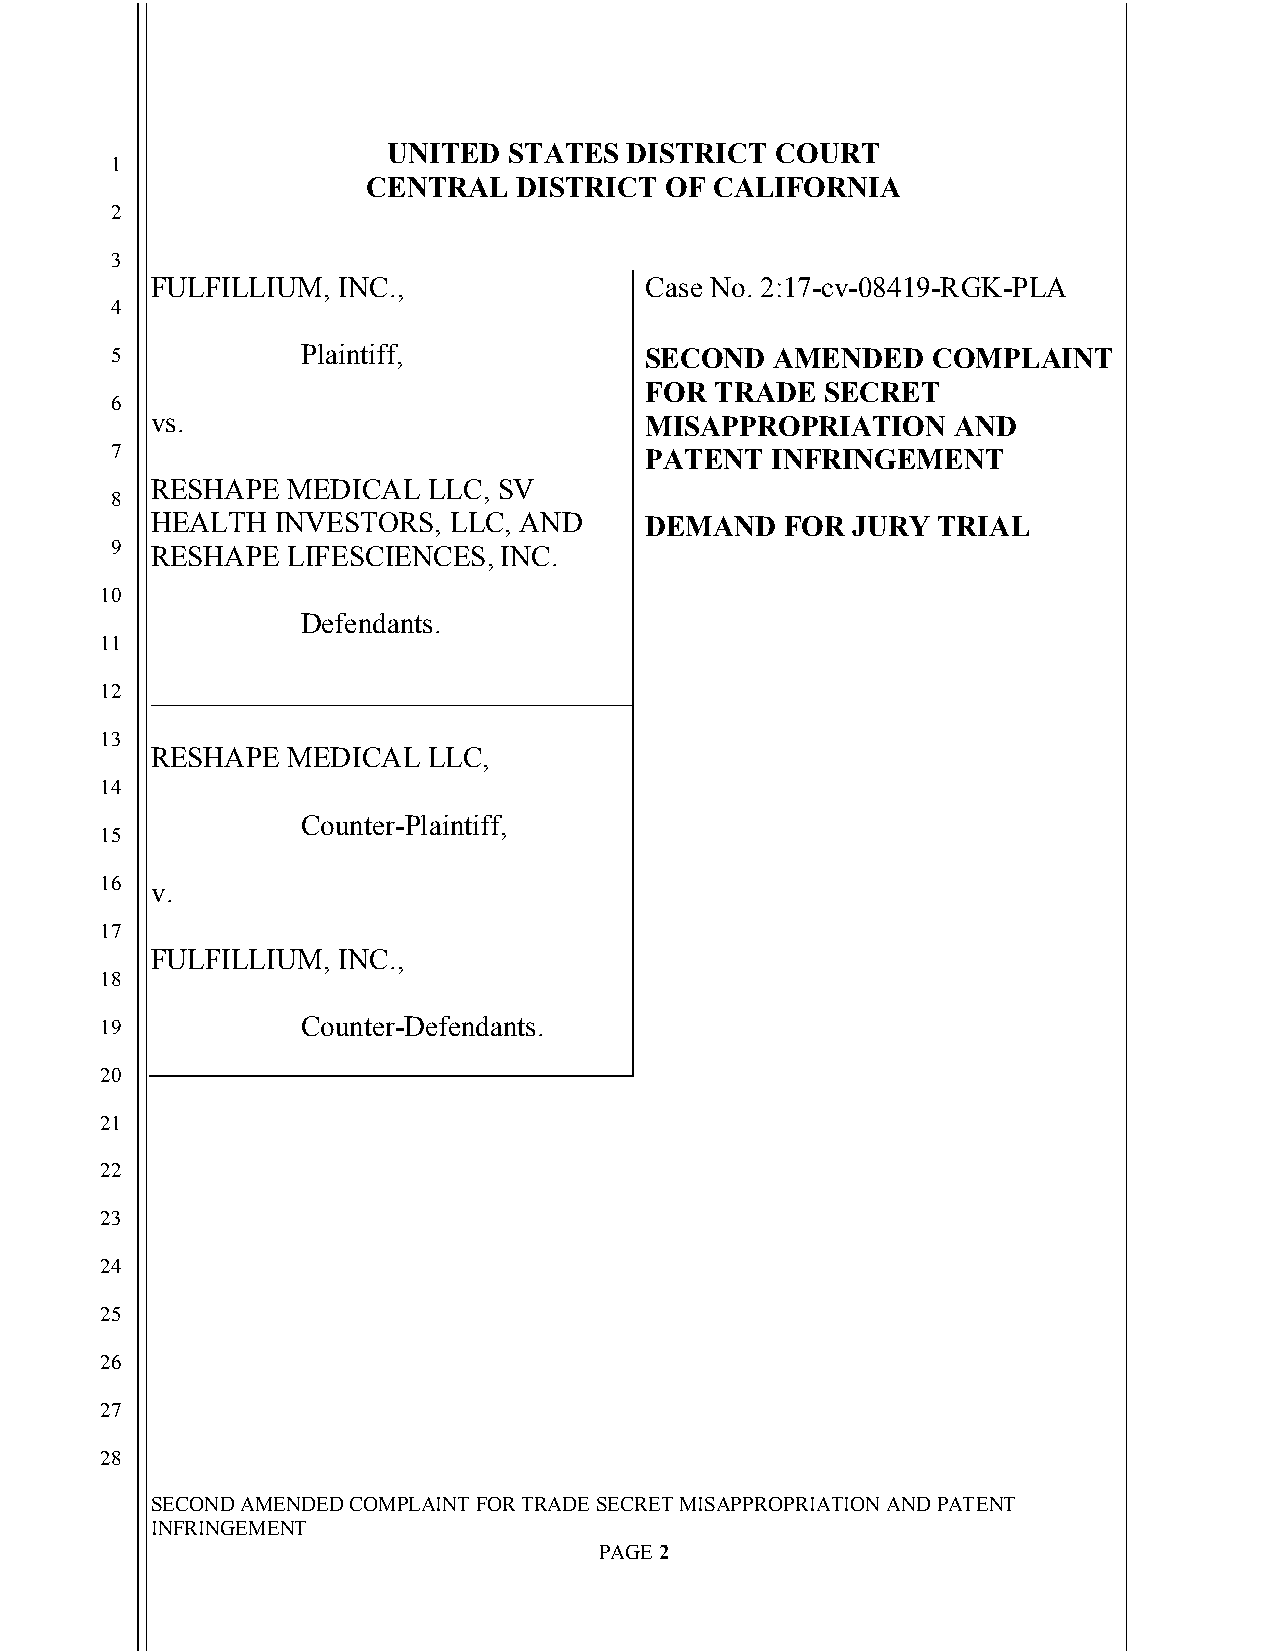
`
 UNITED  STATES  DISTRICT COURT
 1
 CENTRAL   DISTRICT  OF CALIFORNIA
 2
 3
 FULFILLIUM, INC.,                Case No. 2:17-cv-08419-RGK-PLA
 4
 5            Plaintiff,             SECOND  AMENDED    COMPLAINT
 FOR TRADE   SECRET
 6
 vs.                              MISAPPROPRIATION    AND
 7                                   PATENT  INFRINGEMENT
 RESHAPE  MEDICAL  LLC, SV
 8
 HEALTH  INVESTORS,  LLC, AND     DEMAND   FOR JURY  TRIAL
 9  RESHAPE  LIFESCIENCES, INC.
 10
 Defendants.
 11
 12 _________________________________
 13
 RESHAPE  MEDICAL  LLC,
 14
 Counter-Plaintiff,
 15
 16 v.
 17
 FULFILLIUM, INC.,
 18
 19           Counter-Defendants.
 20
 21
 22
 23
 24
 25
 26
 27
 28
 SECOND AMENDED COMPLAINT FOR TRADE SECRET MISAPPROPRIATION AND PATENT
 INFRINGEMENT
 PAGE 2